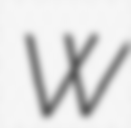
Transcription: W